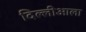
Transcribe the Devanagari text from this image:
दिल्लीआला